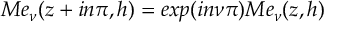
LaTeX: M e _ { \nu } ( z + i n \pi , h ) = e x p ( i n \nu \pi ) M e _ { \nu } ( z , h )